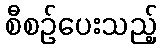
စီစဉ်ပေးသည့်